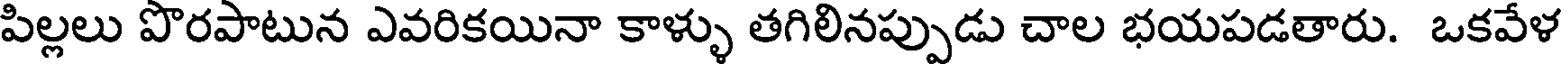
పిల్లలు పొరపాటున ఎవరికయినా కాళ్ళు తగిలినప్పుడు చాల భయపడతారు. ఒకవేళ